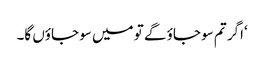
‘اگر تم سو جاؤ گے تو میں سو جاؤں گا۔